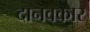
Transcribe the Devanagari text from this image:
दानवकार